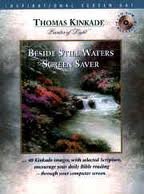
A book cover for Beside Still Waters Screensaver; Thomas Kinkade; Computers & Technology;